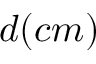
d ( c m )